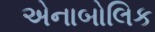
એનાબોલિક